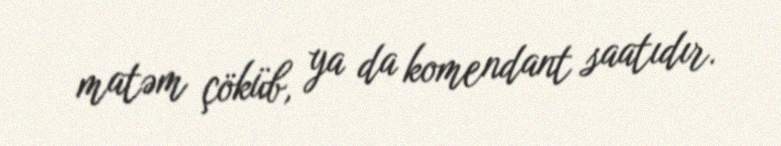
matəm çöküb, ya da komendant saatıdır.